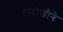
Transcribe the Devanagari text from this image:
दादोजीने